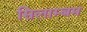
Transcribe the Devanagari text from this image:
सिलाम्बम